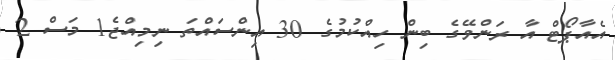
އެއާޕޯޓް އާ ރަންވޭގެ ބިން ހިއްކުމުގެ 30 އިންސައްތަ ނިމިއްޖެ1 މަސް 2